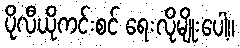
ပိုလီယိုကင်းစင် ရေးလိုမျိုးပေါ့။